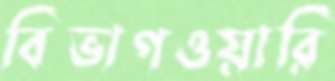
বিভাগওয়ারি